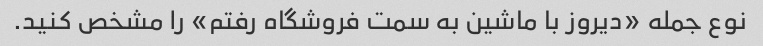
نوع جمله «دیروز با ماشین به سمت فروشگاه رفتم» را مشخص کنید.